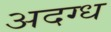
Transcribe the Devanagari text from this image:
अदग्ध